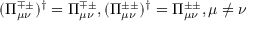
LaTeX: ( \Pi _ { \mu \nu } ^ { \mp \pm } ) ^ { \dag } = \Pi _ { \mu \nu } ^ { \mp \pm } , ( \Pi _ { \mu \nu } ^ { \pm \pm } ) ^ { \dag } = \Pi _ { \mu \nu } ^ { \pm \pm } , \mu \neq \nu